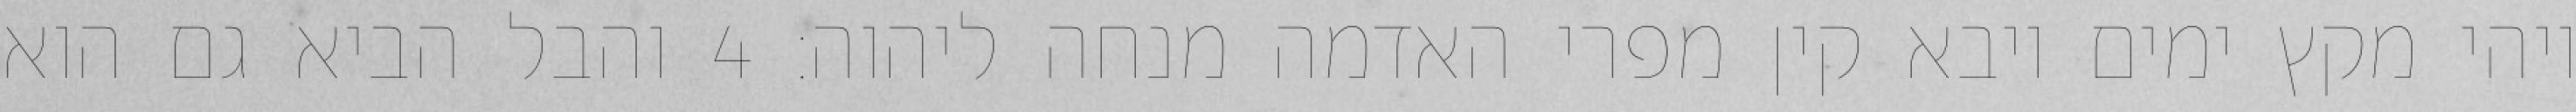
ויהי מקץ ימים ויבא קין מפרי האדמה מנחה ליהוה׃ ‎4‏ והבל הביא גם הוא